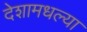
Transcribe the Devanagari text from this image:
देशामधल्या